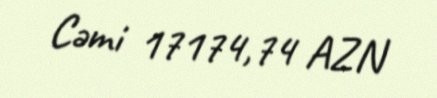
Cəmi 17174,74 AZN